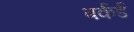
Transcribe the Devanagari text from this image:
बर्कर्ड